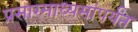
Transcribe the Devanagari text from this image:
प्रसारमाध्यमांपर्यंत